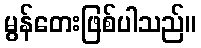
မွန်တေးဖြစ်ပါသည်။